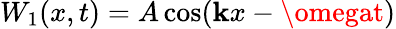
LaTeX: W_{1}(x,t)=A\cos(\mathbf{k}x-\omegat)